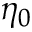
\eta _ { 0 }